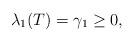
LaTeX: \begin{align*} \lambda_1(T) = \gamma_1 \geq 0,\end{align*}